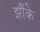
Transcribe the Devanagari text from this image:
झौंके